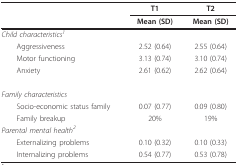
<table><thead><tr><td></td><td><b>T1</b></td><td><b>T2</b></td></tr><tr><td></td><td><b>Mean (SD)</b></td><td><b>Mean (SD)</b></td></tr></thead><tbody><tr><td><i>Child characteristics<sup>1</sup></i></td><td></td><td></td></tr><tr><td> Aggressiveness</td><td>2.52 (0.64)</td><td>2.55 (0.64)</td></tr><tr><td> Motor functioning</td><td>3.13 (0.74)</td><td>3.10 (0.74)</td></tr><tr><td> Anxiety</td><td>2.61 (0.62)</td><td>2.62 (0.64)</td></tr><tr><td><i>Family characteristics</i></td><td></td><td></td></tr><tr><td> Socio-economic status family</td><td>0.07 (0.77)</td><td>0.09 (0.80)</td></tr><tr><td> Family breakup</td><td>20%</td><td>19%</td></tr><tr><td><i>Parental mental health<sup>2</sup></i></td><td></td><td></td></tr><tr><td> Externalizing problems</td><td>0.10 (0.32)</td><td>0.10 (0.33)</td></tr><tr><td> Internalizing problems</td><td>0.54 (0.77)</td><td>0.53 (0.78)</td></tr></tbody></table>